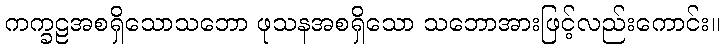
ကက္ခဠအစရှိသောသဘော ဖုသနအစရှိသော သဘောအားဖြင့်လည်းကောင်း။